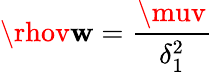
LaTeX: \rhov\mathbf{w}={\frac{{\muv}}{{\delta_{1}^{2}}}}